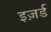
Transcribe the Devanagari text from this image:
इज़र्ड